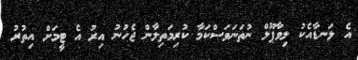
އެ ލަނޑާއެކު ލިވާޕޫލް ނުތަނަވަސްކަމާ ކުރިމަތިލާން ޖެހުނު އިރު އެ ޓީމަށް އިތުރު